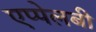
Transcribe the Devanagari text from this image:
एप्पेलबी